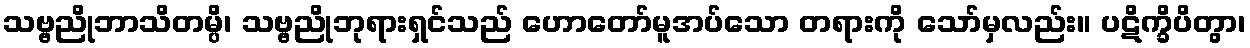
သဗ္ဗညိုဘာသိတမ္ပိ၊ သဗ္ဗညိုဘုရားရှင်သည် ဟောတော်မူအပ်သော တရားကို သော်မှလည်း။ ပဋိက္ခိပိတွာ၊